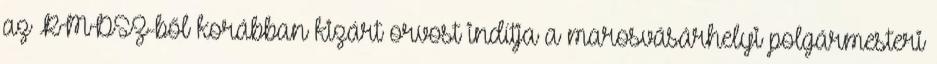
az RMDSZ-ből korábban kizárt orvost indítja a marosvásárhelyi polgármesteri